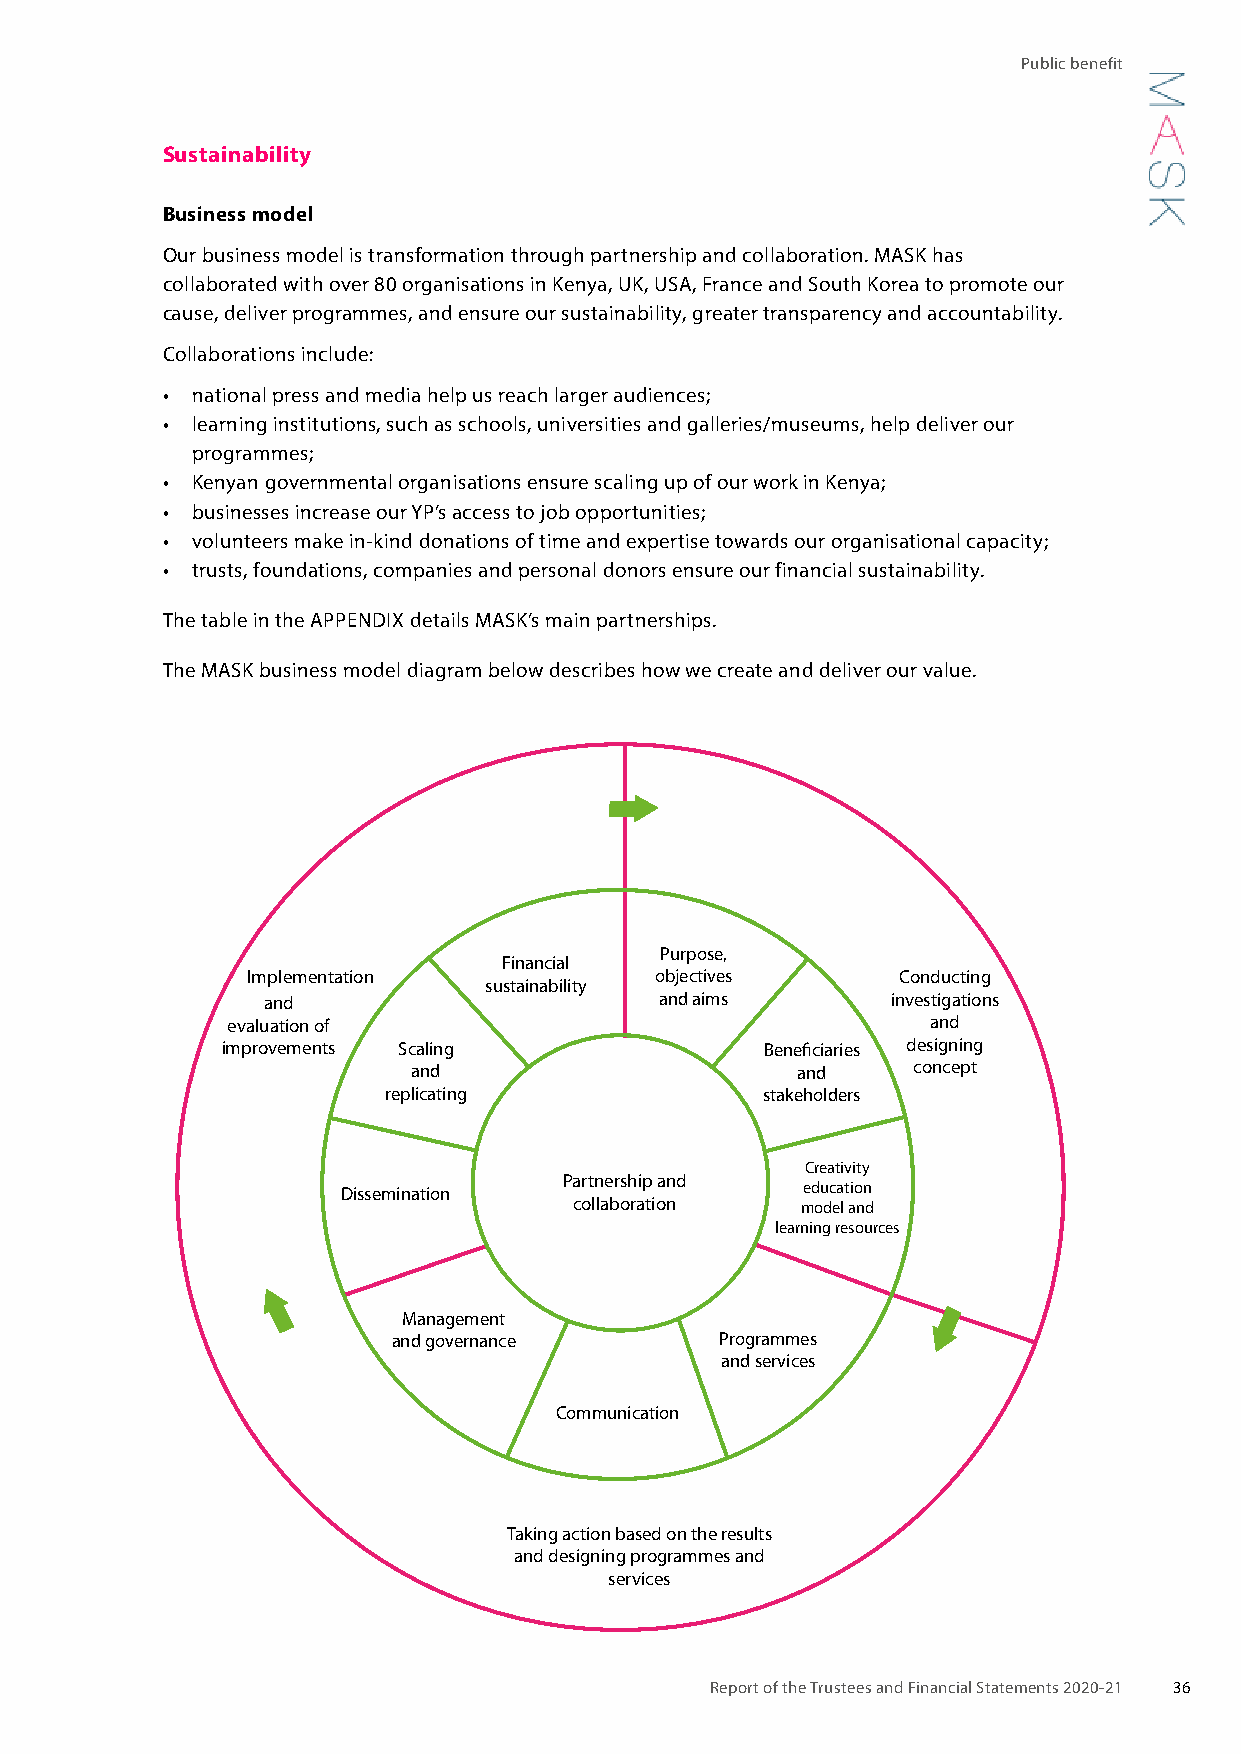
Public benefit
 Sustainability
 Business model
 Our business model is transformation through partnership and collaboration. MASK has
 collaborated with over 80 organisations in Kenya, UK, USA, France and South Korea to promote our
 cause, deliver programmes, and ensure our sustainability, greater transparency and accountability.
 Collaborations include:
 • national press and media help us reach larger audiences;
 • learning institutions, such as schools, universities and galleries/museums, help deliver our
 programmes;
 • Kenyan governmental organisations ensure scaling up of our work in Kenya;
 • businesses increase our YP’s access to job opportunities;
 • volunteers make in-kind donations of time and expertise towards our organisational capacity;
 • trusts, foundations, companies and personal donors ensure our financial sustainability.
 The table in the APPENDIX details MASK’s main partnerships.
 The MASK business model diagram below describes how we create and deliver our value.
 Purpose,
 Financial
 Implementation             objectives      Conducting
 sustainability
 and                        and aims       investigations
 evaluation of                                  and
 improvements Scaling                Beneficiaries designing
 and                       and    concept
 replicating              stakeholders
 Creativity
 Partnership and
 Dissemination                 education
 collaboration  model and
 learning resources
 Management
 and governance        Programmes
 and services
 Communication
 Taking action based on the results
 and designing programmes and
 services
 Report of the Trustees and Financial Statements 2020-21 36